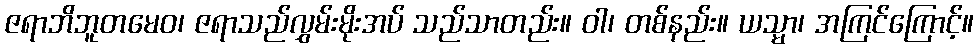
ဇရာဘိဘူတမေဝ၊ ဇရာသည်လွှမ်းမိုးအပ် သည်သာတည်း။ ဝါ၊ တစ်နည်း။ ယသ္မာ၊ အကြင်ကြောင့်။